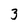
Character: 3